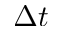
\Delta t